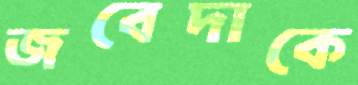
জবেদাকে